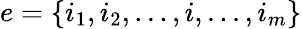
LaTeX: e=\{ i_{1},i_{2},...,i,...,i_{m}\}